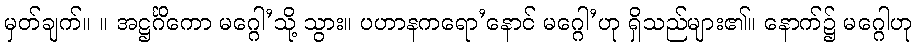
မှတ်ချက်။ ။ အဋ္ဌင်္ဂိကော မဂ္ဂေါ’သို့ သွား။ ပဟာနကရော’နောင် မဂ္ဂေါ’ဟု ရှိသည်များ၏။ နောက်၌ မဂ္ဂေါဟု